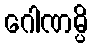
ဂေါဏမ္ပိ